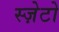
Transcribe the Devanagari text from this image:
स्ज़ेटो